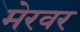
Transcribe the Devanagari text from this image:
मेरवर